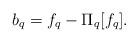
LaTeX: \begin{align*}b_q=f_q-\Pi_q[f_q].\end{align*}